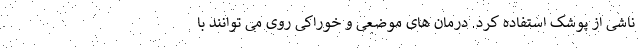
ناشی از پوشک استفاده کرد. درمان های موضعی و خوراکی روی می توانند با